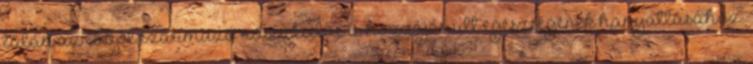
talán az ebből származó rosszkedve is hozzájárult egészségének hanyatlásához.